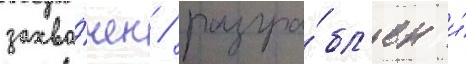
захва́чен / разгра́бл'ен и́